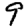
Digit: 9